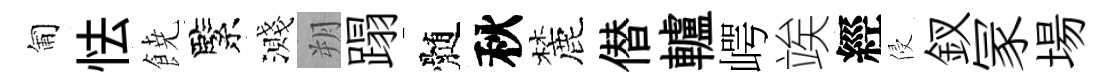
匍怯𩜙緊濺朔蹋髄秋麓僣轤崿竢經侵釵冡場